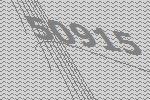
50915